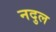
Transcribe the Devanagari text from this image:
नदुल